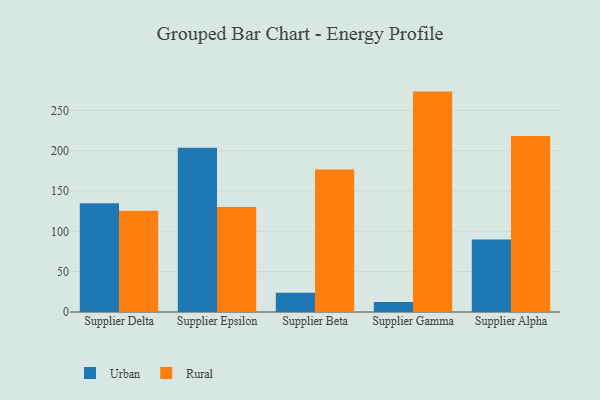
{"axis": {"x": "Supplier", "y": "Population (Million)"}, "legend": ["Rural", "Urban"], "data": [{"x": "Supplier Delta", "y": 134.7, "type": "Urban"}, {"x": "Supplier Delta", "y": 125.5, "type": "Rural"}, {"x": "Supplier Epsilon", "y": 203.5, "type": "Urban"}, {"x": "Supplier Epsilon", "y": 130.2, "type": "Rural"}, {"x": "Supplier Beta", "y": 23.9, "type": "Urban"}, {"x": "Supplier Beta", "y": 176.5, "type": "Rural"}, {"x": "Supplier Gamma", "y": 12.4, "type": "Urban"}, {"x": "Supplier Gamma", "y": 273.2, "type": "Rural"}, {"x": "Supplier Alpha", "y": 90.0, "type": "Urban"}, {"x": "Supplier Alpha", "y": 218.1, "type": "Rural"}]}